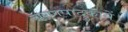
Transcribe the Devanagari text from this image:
चरणपादुकायें